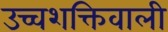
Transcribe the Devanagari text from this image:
उच्चशक्तिवाली